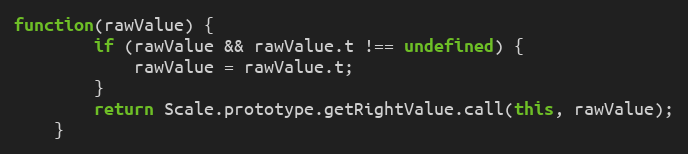
Language: JavaScript
function(rawValue) {
		if (rawValue && rawValue.t !== undefined) {
			rawValue = rawValue.t;
		}
		return Scale.prototype.getRightValue.call(this, rawValue);
	}